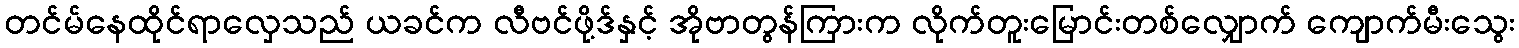
တင်မ်နေထိုင်ရာလှေသည် ယခင်က လီဗင်ဖို့ဒ်နှင့် အိုဗာတွန်ကြားက လိုက်တူးမြောင်းတစ်လျှောက် ကျောက်မီးသွေး